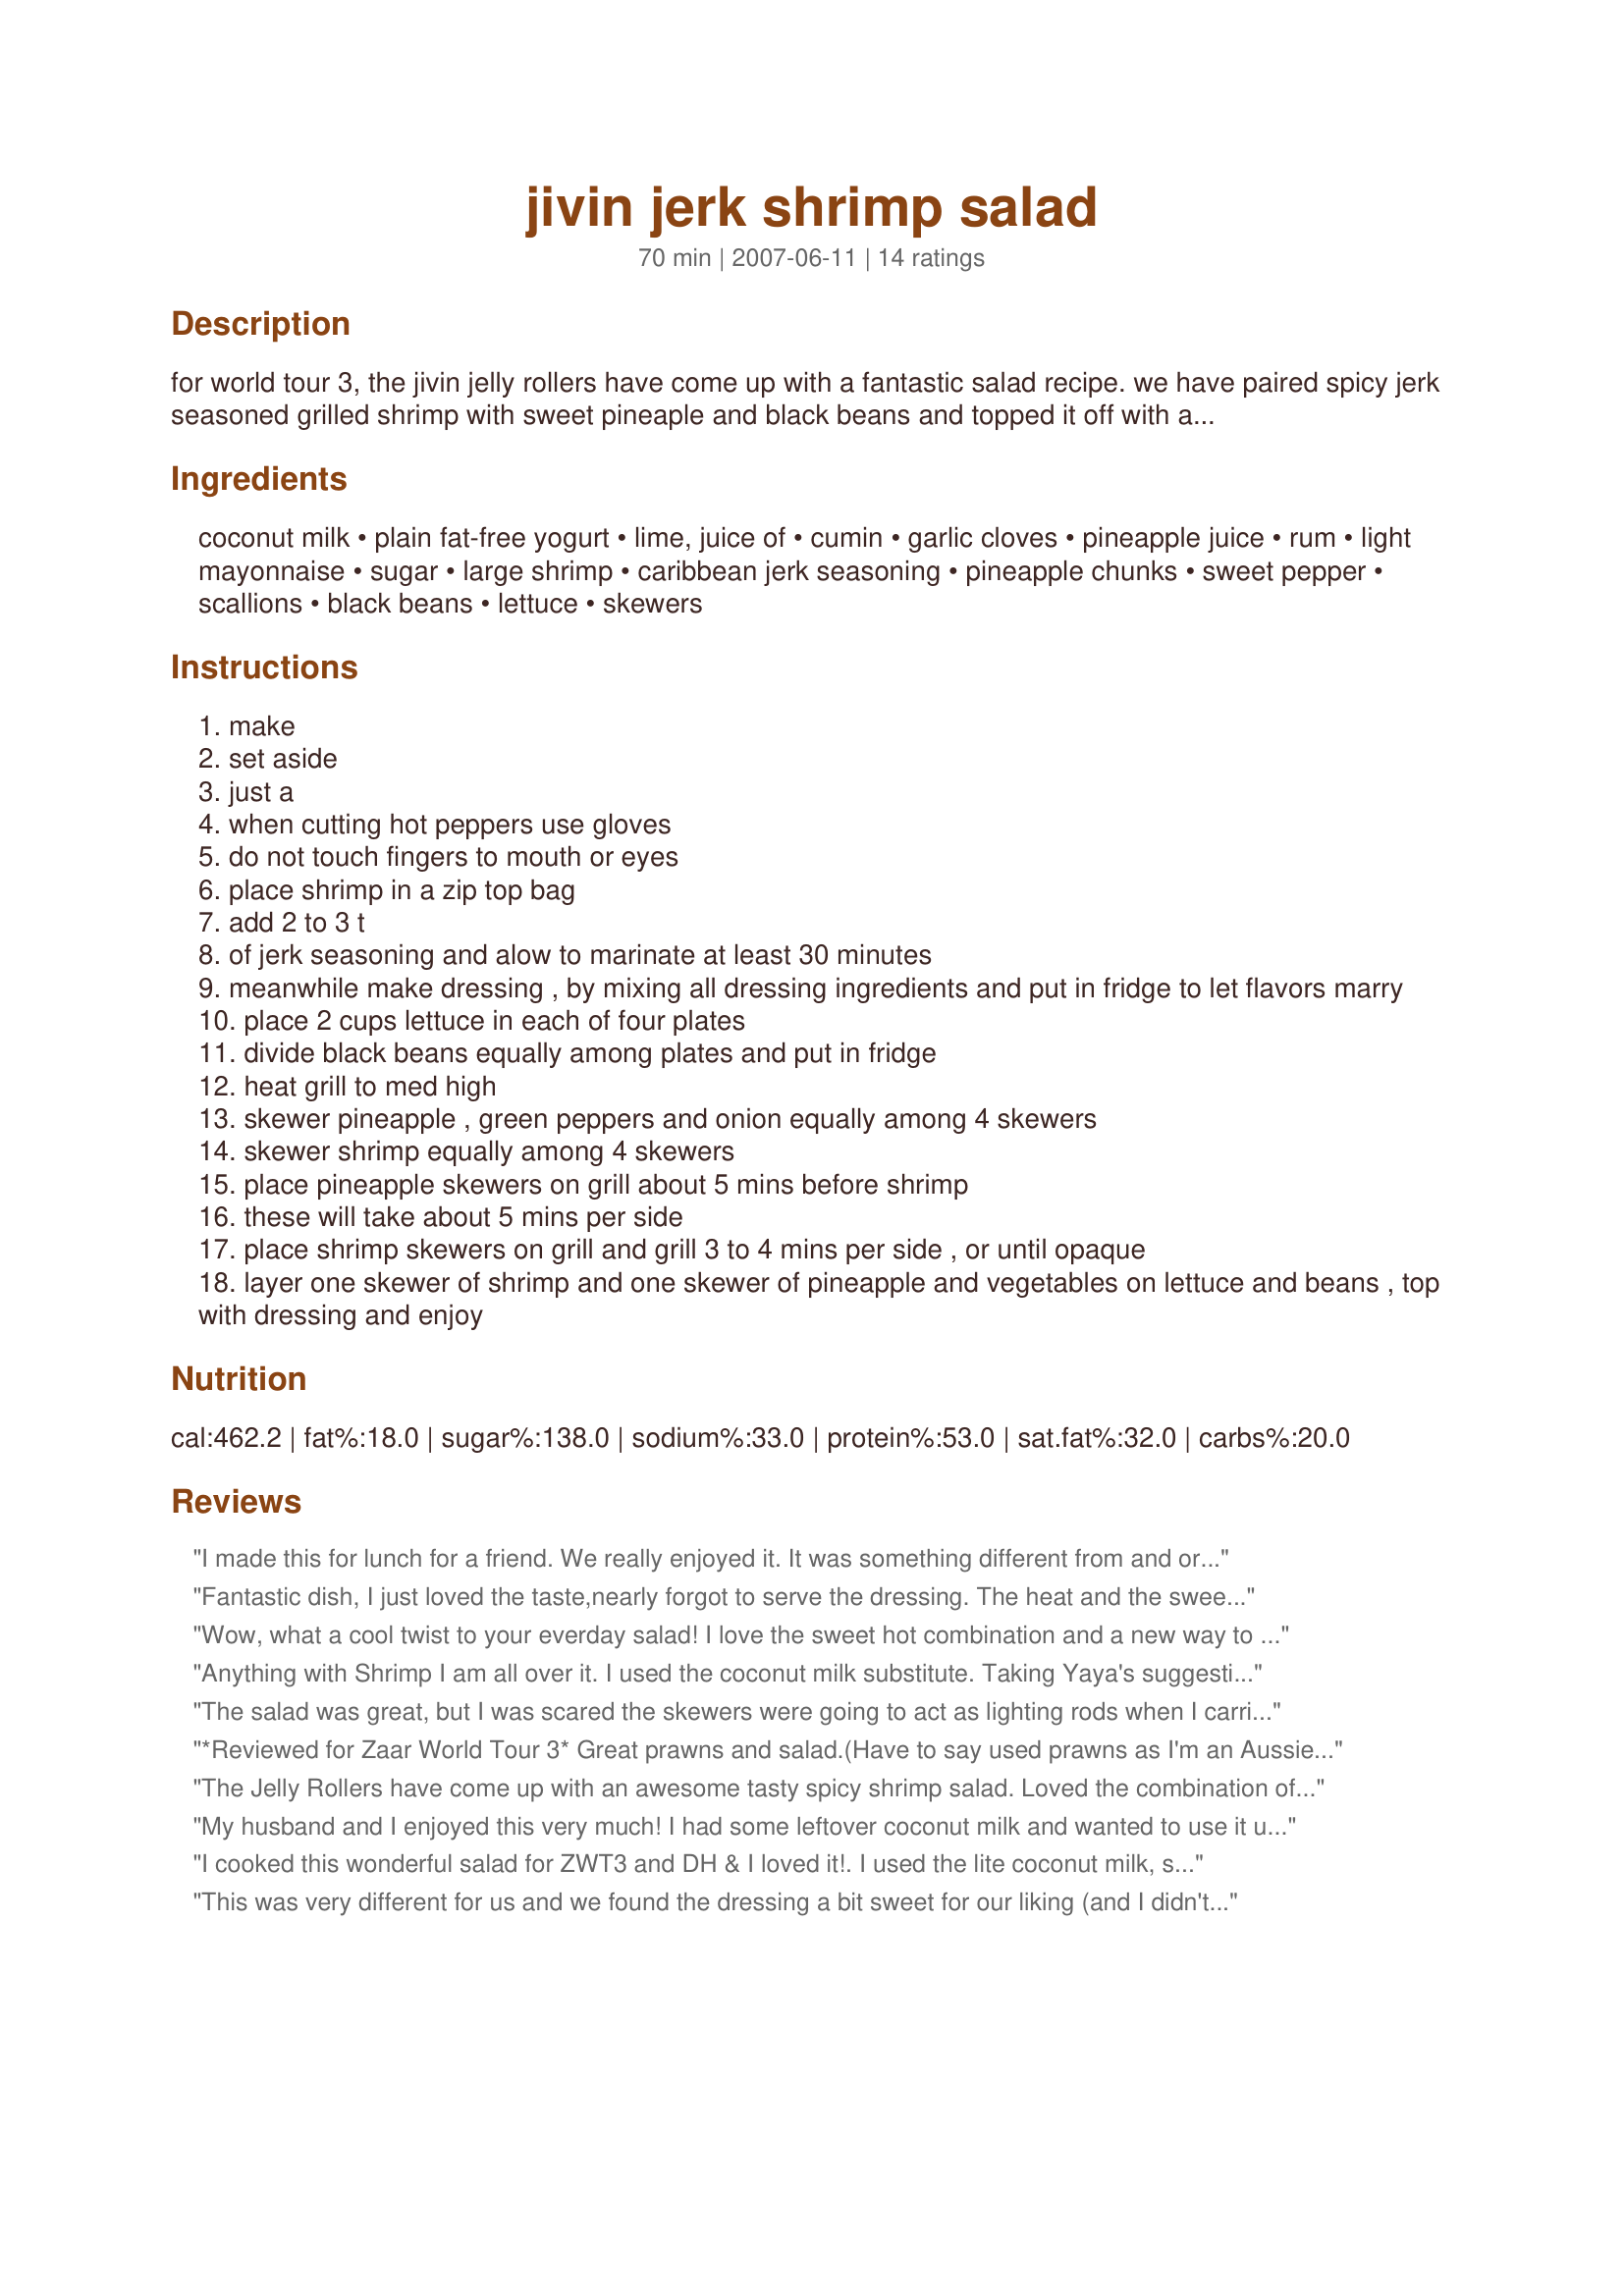
jivin jerk shrimp salad
Preparation time: 70 minutes

for world tour 3, the jivin jelly rollers have come up with a fantastic salad recipe. we have paired spicy jerk seasoned grilled shrimp with sweet pineaple and black beans and topped it off with a cool coconut lime dressing. this salad will knock your socks off and have you dancing to the carribean beat in no time. this recipe uses http://www.recipezaar.com/95953 for the jerk seasoning. note: you may substitute light coconut milk or use this substitution if you can't find coconut milk. 1 cup low-fat milk + 1/4 tsp coconut extract = 1 cup light coconut milk. also we think this salad would also be great with chicken instead of shrimp.

Ingredients:
coconut milk, plain fat-free yogurt, lime, juice of, cumin, garlic cloves, pineapple juice, rum, light mayonnaise, sugar, large shrimp, caribbean jerk seasoning, pineapple chunks, sweet pepper, scallions, black beans, lettuce, skewers

Steps:
make
set aside
just a
when cutting hot peppers use gloves
do not touch fingers to mouth or eyes
place shrimp in a zip top bag
add 2 to 3 t
of jerk seasoning and alow to marinate at least 30 minutes
meanwhile make dressing , by mixing all dressing ingredients and put in fridge to let flavors marry
place 2 cups lettuce in each of four plates
divide black beans equally among plates and put in fridge
heat grill to med high
skewer pineapple , green peppers and onion equally among 4 skewers
skewer shrimp equally among 4 skewers
place pineapple skewers on grill about 5 mins before shrimp
these will take about 5 mins per side
place shrimp skewers on grill and grill 3 to 4 mins per side , or until opaque
layer one skewer of shrimp and one skewer of pineapple and vegetables on lettuce and beans , top with dressing and enjoy

Reviews:
I made this for lunch for a friend. We really enjoyed it. It was something different from and ordinary shrimp salad. I didn't add the sugar and found that the dressing was sweet enough without it. Very good.
Fantastic dish, I just loved the taste,nearly forgot to serve the dressing. The heat and the sweet was just perfect. I will have this a lot . I served asparagus and cucunbers in vinegar and glazed mushrooms with this. All of the flavours married nicely.Had a nut bread and got every last drop of the dressing with it.

Conratulations Ladies well done.
Wow, what a cool twist to your everday salad! I love the sweet hot combination and a new way to spice up the ordinary salad. And also my first introduction to jerk...... Thanks for sharing your team's great combination! ZWT 3
Anything with Shrimp I am all over it. I used the coconut milk substitute. Taking Yaya's suggestion, I left out the sugar. The last change was to use my George Forman since we don't have an outdoor grill. This was wonderful and I would make it again. Made for a yummy salad with a kick. The dressing was very refreshing. Definately a keeper.
The salad was great, but I was scared the skewers were going to act as lighting rods when I carried them to the house (STORM). We were totally satisfied for all, except the dressing, which to us was a tad bland. It still appeared to be somewhat of an upscale salad and I would have probably enjoyed it much more as lunch than I did for dinner. I could just see us sitting outside at a restaurant eating this and enjoying a beautiful day. I will tell you one thing, it is the most dh and I have ever discussed a recipe.Thank you MsSally and The Jivin Jelly Rollers for a lovely salad. Made for ZWT3 by a Floozie - Remembering Amy.
*Reviewed for Zaar World Tour 3* Great prawns and salad.(Have to say used prawns as I'm an Aussie!) Loved the skewers we cooked them on the BBQ. We made the dressing with coconut milk and lactose free plain yogurt. The dressing was quite sweet and balanced the heat nicely. We cant purchase black beans, so substituted red kidney beans. We had two prawn skewers each and one of ths vege pineapple skewers. Had heaps of the dressing left over. Great recipe and we enjoyed our meals. Photo being posted
The Jelly Rollers have come up with an awesome tasty spicy shrimp salad. Loved the combination of flavors and the dressing was perfect. Good Job on a scrumptious side dish. Made for ZWT3 ~V
My husband and I enjoyed this very much! I had some leftover coconut milk and wanted to use it up and this recipe fit the bill! I used the jerk recipe given in the title and I agree with the earlier reviewer that the sweet and heat complimented one another! Great job!

Posted for ZWT3
I cooked this wonderful salad for ZWT3 and DH & I loved it!. I used the lite coconut milk, sour cream and left out the teaspoon of sugar, didn't think it needed to be any sweeter. Yaya doesn't do light mayonnaise. The dressing was delightful and I had tons left over that I think I will use to make rice in my rice cooker. next time I will use fresh pineapple, I think it grills up nicer and more flavorful. My poor scallions cooked up dry and shriviled. I can hardly wait to cook this dish again!
This was very different for us and we found the dressing a bit sweet for our liking (and I didn't add the sugar). I also would have liked the dressing to have thickened up a bit more than it did. It was a very quick recipe to put together and instructions excellent. As recommended I used Recipe #95953
I scaled this recipe down to one serving for my lunch. I enjoyed the salad, but will omit the sugar when I prepare this again.
This was one of, if not THE BEST, salads I have ever eaten! I was afraid that the dressing would not be sweet enough for my taste, because I used light coconut milk and sour cream. However, it was the perfect balance with the sweetness of the pineapple, sweet pepper(I used green and red because I had them both and I thought it would be pretty), and scallion skewer. This was the perfect marriage of flavors, from the sauce to the ingredients. My only problem was I could have eaten an ENTIRE recipe myself! It was simple to make, came together even quicker than I expected, and was packed with flavor. I am proud to have made a restaurant quality meal in my own home, that I will ABSOLUTELY make again! Way to go Jivin Jelly Rollers! Made for ZWT3
Very good! I made this to take to work for lunch, so I had separate containers for the dressing, the shrimp in the jerk marinade, and the black beans/pineapple/red pepper mixture. We don't like super hot food, so I used cayenne pepper instead of scotch bonnet peppers in the jerk seasoning. Liked the coconut flavor in the dressing and the pineapple chunks in the salad complemented the spicy heat of the shrimp. Made for ZWT III.
Wow! This was amazing!!! Thank you so much for posting this recipe, it will be filed in my "All Time Favorites" file. I figured the Weight Watchers points as 14 pts for 2 servings (7 pts for 4 servings). The only changes I did was, I used three garlic cloves, used lite coconut milk and used a liquid jerk marinade. Thanks MsSally! This one is a winner!
